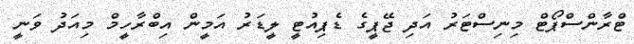
ޓްރާންސްޕޯޓް މިނިސްޓަރު އަދި ޖޭޕީގެ ޑެޕިއުޓީ ލީޑަރު އަމީން އިބްރާހީމް މިއަދު ވަނީ